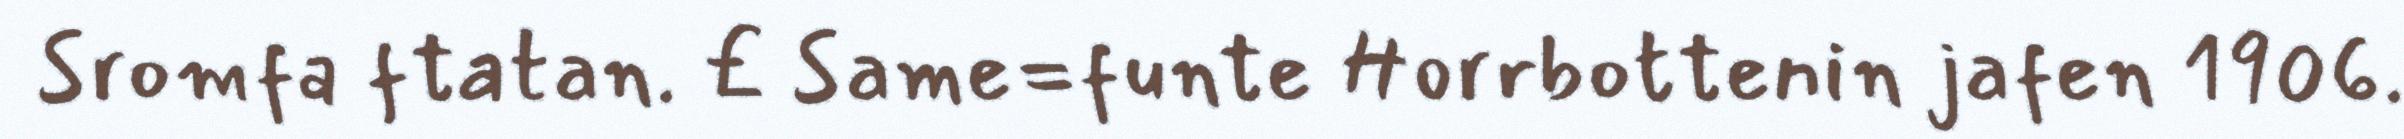
Sromfa ftatan. £ Same=funte Horrbottenin jafen 1906.